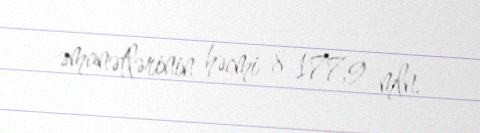
əmanətlərinin həcmi 8 177,9 mln.